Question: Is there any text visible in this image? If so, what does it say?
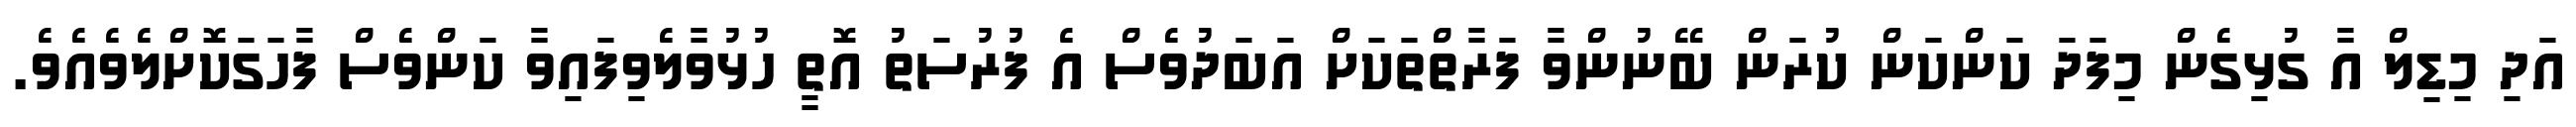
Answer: އަދި މިޑިލް އާ ގުޅިގެން މިފަދަ ކަންކަން ކުރަން ބޭނުންވާ ފަރާތްތަކަށް އަބަދުވެސް އެ ފުރުސަތު އޮތީ ހުޅުވާލެވިފައިވާ ކަންވެސް ފާހަގަކޮށްލެވެއެވެ.